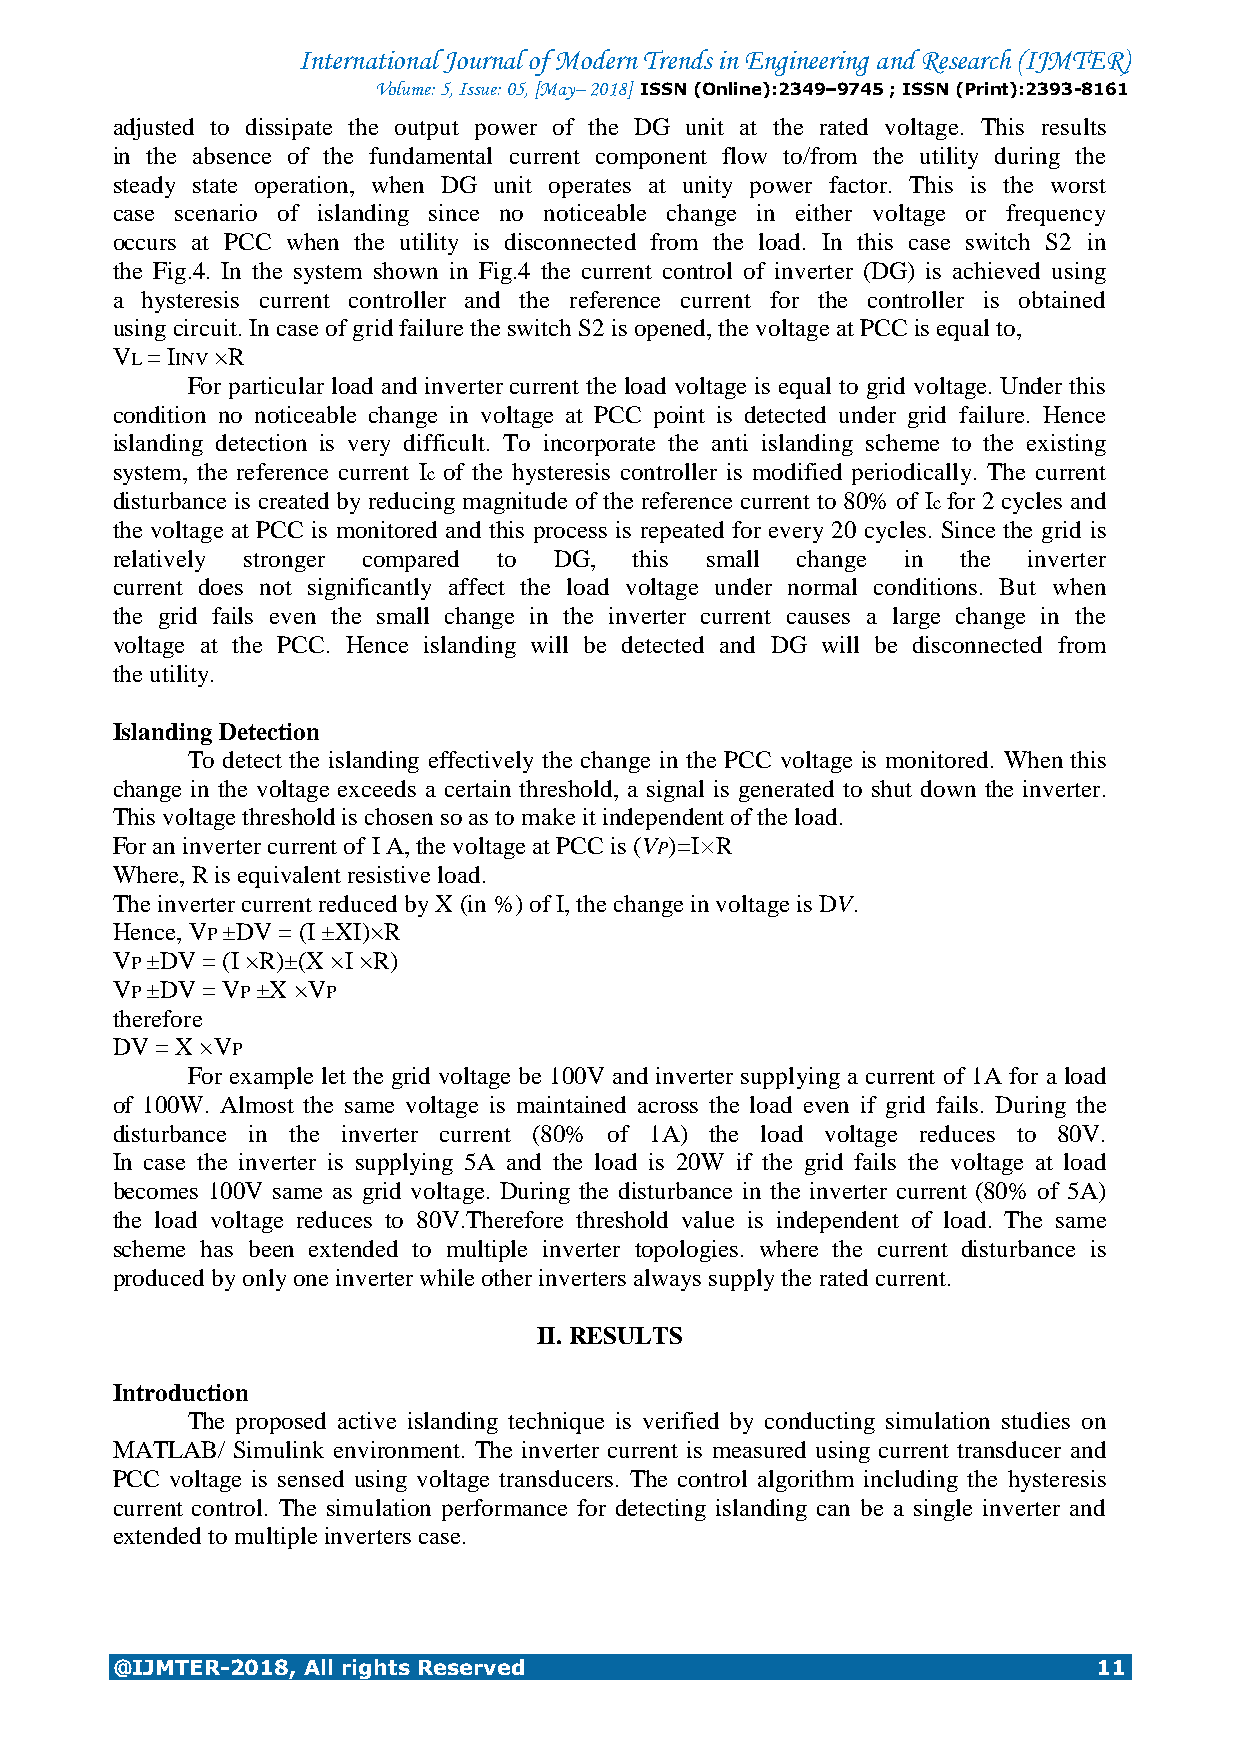
International Journal of Modern Trends in Engineering and Research (IJMTER)
 Volume: 5, Issue: 05, [May– 2018] ISSN (Online):2349–9745 ; ISSN (Print):2393-8161
 adjusted to dissipate the output power of the DG unit at the rated voltage. This results
 in the absence of the fundamental current component flow to/from the utility during the
 steady state operation, when DG unit operates at unity power factor. This is the worst
 case scenario of islanding since no noticeable change in either voltage or frequency
 occurs at PCC when the utility is disconnected from the load. In this case switch S2 in
 the Fig.4. In the system shown in Fig.4 the current control of inverter (DG) is achieved using
 a hysteresis current controller and the reference current for the controller is obtained
 using circuit. In case of grid failure the switch S2 is opened, the voltage at PCC is equal to,
 VL = IINV ×R
 For particular load and inverter current the load voltage is equal to grid voltage. Under this
 condition no noticeable change in voltage at PCC point is detected under grid failure. Hence
 islanding detection is very difficult. To incorporate the anti islanding scheme to the existing
 system, the reference current Ic of the hysteresis controller is modified periodically. The current
 disturbance is created by reducing magnitude of the reference current to 80% of Ic for 2 cycles and
 the voltage at PCC is monitored and this process is repeated for every 20 cycles. Since the grid is
 relatively stronger compared to DG, this small change in the inverter
 current does not significantly affect the load voltage under normal conditions. But when
 the grid fails even the small change in the inverter current causes a large change in the
 voltage at the PCC. Hence islanding will be detected and DG will be disconnected from
 the utility.
 Islanding Detection
 To detect the islanding effectively the change in the PCC voltage is monitored. When this
 change in the voltage exceeds a certain threshold, a signal is generated to shut down the inverter.
 This voltage threshold is chosen so as to make it independent of the load.
 For an inverter current of I A, the voltage at PCC is (VP)=I×R
 Where, R is equivalent resistive load.
 The inverter current reduced by X (in %) of I, the change in voltage is DV.
 Hence, VP ±DV = (I ±XI)×R
 VP ±DV = (I ×R)±(X ×I ×R)
 VP ±DV = VP ±X ×VP
 therefore
 DV = X ×VP
 For example let the grid voltage be 100V and inverter supplying a current of 1A for a load
 of 100W. Almost the same voltage is maintained across the load even if grid fails. During the
 disturbance in the inverter current (80% of 1A) the load voltage reduces to 80V.
 In case the inverter is supplying 5A and the load is 20W if the grid fails the voltage at load
 becomes 100V same as grid voltage. During the disturbance in the inverter current (80% of 5A)
 the load voltage reduces to 80V.Therefore threshold value is independent of load. The same
 scheme has been extended to multiple inverter topologies. where the current disturbance is
 produced by only one inverter while other inverters always supply the rated current.
 II. RESULTS
 Introduction
 The proposed active islanding technique is verified by conducting simulation studies on
 MATLAB/ Simulink environment. The inverter current is measured using current transducer and
 PCC voltage is sensed using voltage transducers. The control algorithm including the hysteresis
 current control. The simulation performance for detecting islanding can be a single inverter and
 extended to multiple inverters case.
 @IJMTER-2018, All rights Reserved                                 11